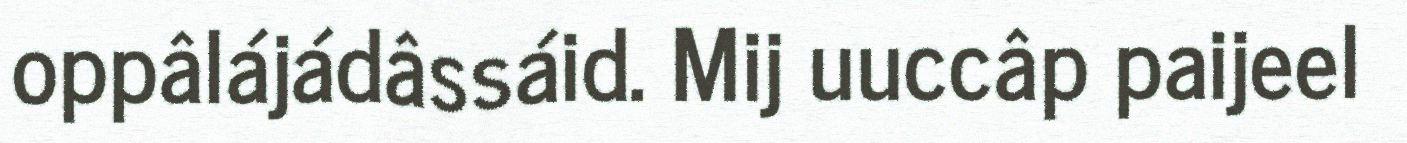
oppâlájádâssáid. Mij uuccâp paijeel